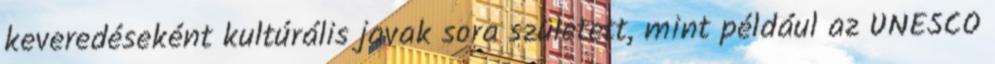
keveredéseként kultúrális javak sora született, mint például az UNESCO